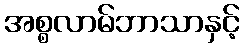
အစ္စလာမ်ဘာသာနှင့်